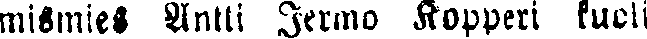
mismies Antti Jermo Kopperi kuoli